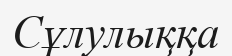
Сұлулыққа